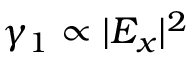
\gamma _ { 1 } \propto | E _ { x } | ^ { 2 }